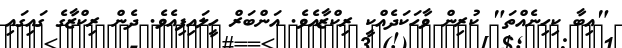
"އިބާ ކިހިނެއްތަ" ކުރިން ވާހަކަދެއްކީ ރިކްޒާއެވެ. އަންބަރް ހީލައިފިއެވެ. ދެން ރިކްޒާގެ ގައިގައި